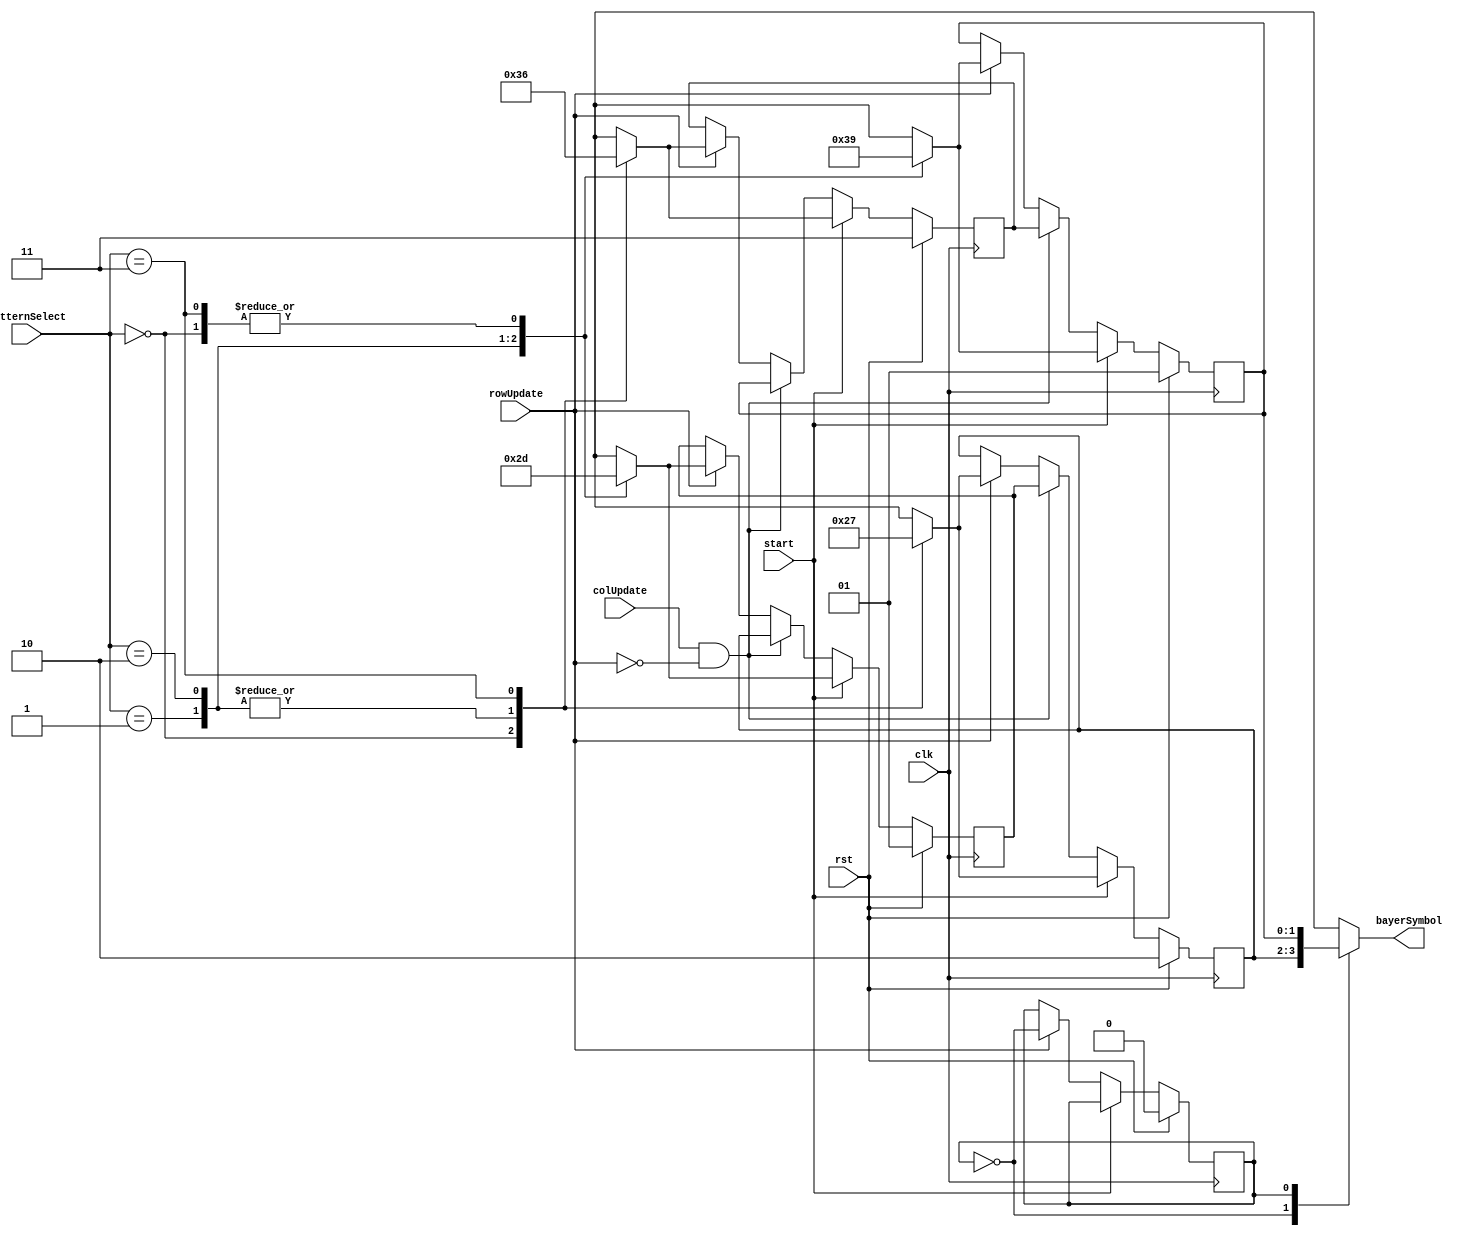
`timescale 1ns / 1ps
//////////////////////////////////////////////////////////////////////////////////
// Company: 
// Engineer: 
// 
// Design Name: 
// Module Name:    bayer_color 
// Project Name: 
// Target Devices: 
// Tool versions: 
// Description: 
//
// Dependencies: 
//
// Revision: 
// Revision 0.01 - File Created
// Additional Comments: 
//
//////////////////////////////////////////////////////////////////////////////////
`define green 2'b01
`define red 2'b10
`define blue 2'b11


module bayer_color(
input clk,rst,start,
input [1:0] patternSelect,
input rowUpdate,colUpdate,
output reg [1:0] bayerSymbol
    );

// Bayer Symbol
// 01 for green
// 02 for red
// 03 for blue

// Pattern Select
// 00 RGGB
// 01 GRBG
// 02 GBRG
// 03 BGGR

reg [1:0] line0 [0:1];
reg [1:0] line1 [0:1];

reg lineSelect;

always @(posedge clk)
if(rst)
begin
lineSelect <= 1'b0;
line0[0] <= `red;
line0[1] <= `green;
line1[0] <= `green;
line1[1] <= `blue;
end
else
begin
if (start)
    begin
	 case (patternSelect)
		2'b00 : begin
      line0[0] <= `red;
		line0[1] <= `green;
		line1[0] <= `green;
		line1[1] <= `blue;
		end
		2'b01 : begin
      line0[0] <= `green;
		line0[1] <= `red;
		line1[0] <= `blue;
		line1[1] <= `green;
		end
		2'b10 : begin
      line0[0] <= `green;
		line0[1] <= `blue;
		line1[0] <= `red;
		line1[1] <= `green;
		end
		2'b11 : begin
      line0[0] <= `blue;
		line0[1] <= `green;
		line1[0] <= `green;
		line1[1] <= `red;
		end
	 endcase
	 end
else
    begin
    if(rowUpdate)
      begin
		 lineSelect <= ~lineSelect;
		 case (patternSelect)
			 2'b00 : begin
						line0[0] <= `red;
						line0[1] <= `green;
						line1[0] <= `green;
						line1[1] <= `blue;
						end
			 2'b01 : begin
						line0[0] <= `green;
						line0[1] <= `red;
						line1[0] <= `blue;
						line1[1] <= `green;
						end
			 2'b10 : begin
						line0[0] <= `green;
						line0[1] <= `blue;
						line1[0] <= `red;
						line1[1] <= `green;
						end
			 2'b11 : begin
						line0[0] <= `blue;
						line0[1] <= `green;
						line1[0] <= `green;
						line1[1] <= `red;
						end
		 endcase
		 end
		
	 if(colUpdate & ~rowUpdate)
	   begin		  
		line0[0]<=line0[1];
      line0[1]<=line0[0];
		line1[0]<=line1[1];
      line1[1]<=line1[0];
      end
	    
	 end
end

always @(*)
case (lineSelect)
1'b0:	bayerSymbol = line0[0];
1'b1: bayerSymbol = line1[0];
endcase
	
        



endmodule